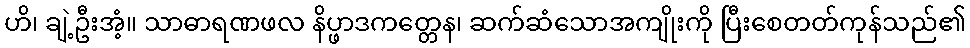
ဟိ၊ ချဲ့ဦးအံ့။ သာဓာရဏဖလ နိပ္ဖာဒကတ္တေန၊ ဆက်ဆံသောအကျိုးကို ပြီးစေတတ်ကုန်သည်၏